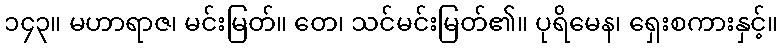
၁၄၃။ မဟာရာဇ၊ မင်းမြတ်။ တေ၊ သင်မင်းမြတ်၏။ ပုရိမေန၊ ရှေးစကားနှင့်။